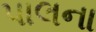
પાલના